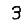
Digit: 3